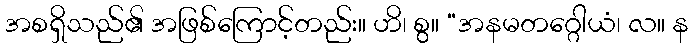
အစရှိသည်၏ အဖြစ်ကြောင့်တည်း။ ဟိ၊ စွ။ “အနမတဂ္ဂေါယံ၊ လ။ န